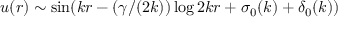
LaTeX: u ( r ) \sim \sin ( k r - ( \gamma / ( 2 k ) ) \log 2 k r + \sigma _ { 0 } ( k ) + \delta _ { 0 } ( k ) )